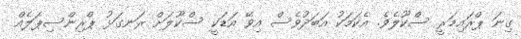
ގިނަ ޕްރައިމަރީ ސްކޫލެވެ. އެކަމަކު އަބަދުވެސް އިވޭ އަޑަކީ ސްކޫލަށް ރަނގަޅު ޕްރިންސިޕަލެއް